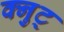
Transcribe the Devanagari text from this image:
क्नुट्